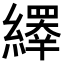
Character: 𦆎